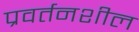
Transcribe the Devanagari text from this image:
प्रवर्तनशील